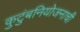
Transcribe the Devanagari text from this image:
कुटुंबनियोजनाची